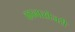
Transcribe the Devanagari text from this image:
कानाखेजरी